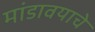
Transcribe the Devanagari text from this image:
मांडावयाचे